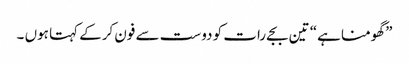
” گھومنا ہے“ تین بجے رات کو دوست سے فون کرکے کہتا ہوں ۔